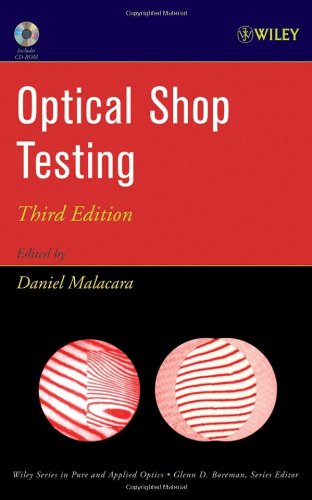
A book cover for Optical Shop Testing; Science & Math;